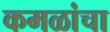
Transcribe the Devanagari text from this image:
कमळांचा